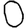
Digit: 0